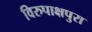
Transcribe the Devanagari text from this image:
विरुपाक्षपुरा